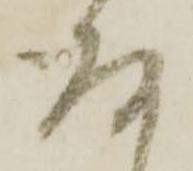
存